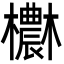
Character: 欁